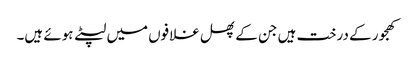
کھجور کے درخت ہیں جن کے پھل غلافوں میں لپٹے ہوئے ہیں۔